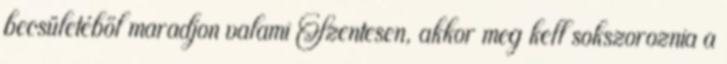
becsületéből maradjon valami Szentesen, akkor meg kell sokszoroznia a